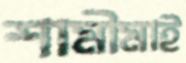
শামীমাই